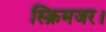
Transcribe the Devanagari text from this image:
स्क्रिमजर।